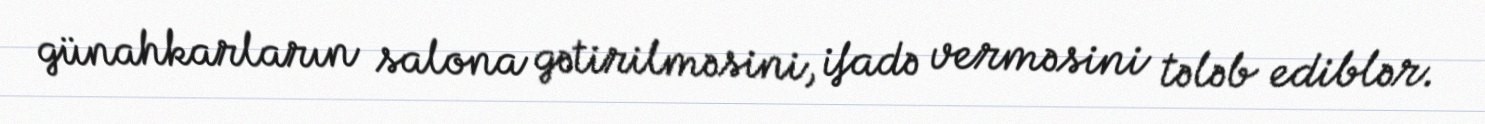
günahkarların salona gətirilməsini, ifadə verməsini tələb ediblər.